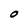
Character: O